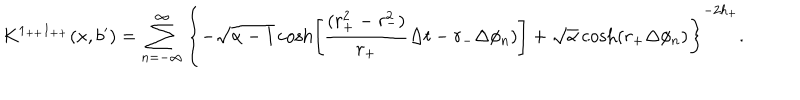
K ^ { 1 _ { + + } 1 _ { + + } } ( x , b ^ { \prime } ) = \sum _ { n = - \infty } ^ { \infty } \left\{ - \sqrt { \alpha - 1 } \cosh \left[ { \frac { ( r _ { + } ^ { 2 } - r _ { - } ^ { 2 } ) } { r _ { + } } } \Delta t - r _ { - } \Delta \phi _ { n } ) \right] + \sqrt { \alpha } \cosh ( r _ { + } \Delta \phi _ { n } ) \right\} ^ { - 2 h _ { + } } .